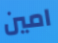
امين